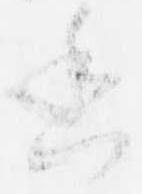
香